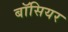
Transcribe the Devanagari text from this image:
बॉसियर